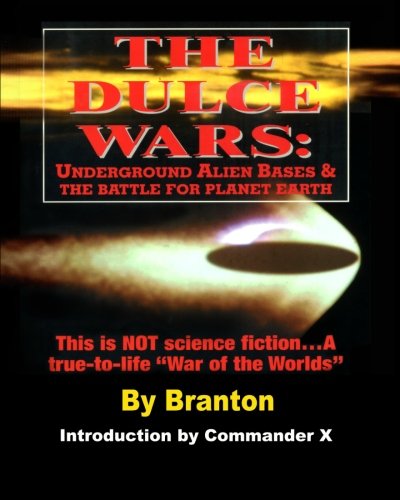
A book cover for The Dulce Wars: Underground Alien Bases and the Battle for Planet Earth; B. Branton; History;